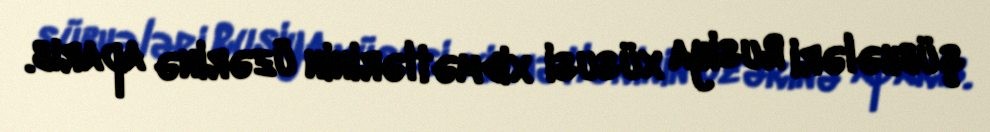
şübhələri Rusiya xüsusi xidmətlərinin üzərinə aparıb.